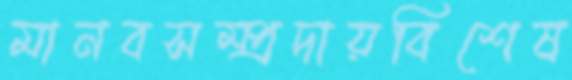
মানবসম্প্রদায়বিশেষ